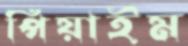
পিয়াইম